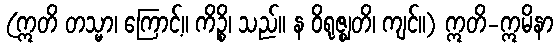
(ဣတိ တသ္မာ၊ ကြောင့်။ ကိဉ္စိ၊ သည်။ န ဝိရုဇ္ဈတိ၊ ကျင်။) ဣတိ-ဣမိနာ